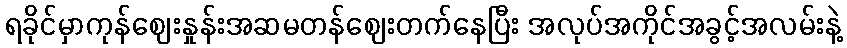
ရခိုင်မှာကုန်ဈေးနှုန်းအဆမတန်ဈေးတက်နေပြီး အလုပ်အကိုင်အခွင့်အလမ်းနဲ့